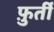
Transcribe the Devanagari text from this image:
फ़ुर्ती